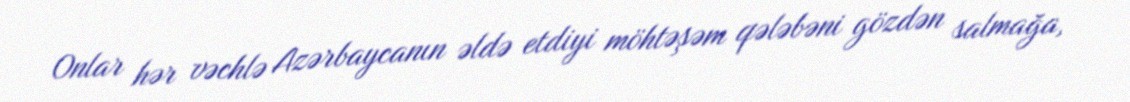
Onlar hər vəchlə Azərbaycanın əldə etdiyi möhtəşəm qələbəni gözdən salmağa,